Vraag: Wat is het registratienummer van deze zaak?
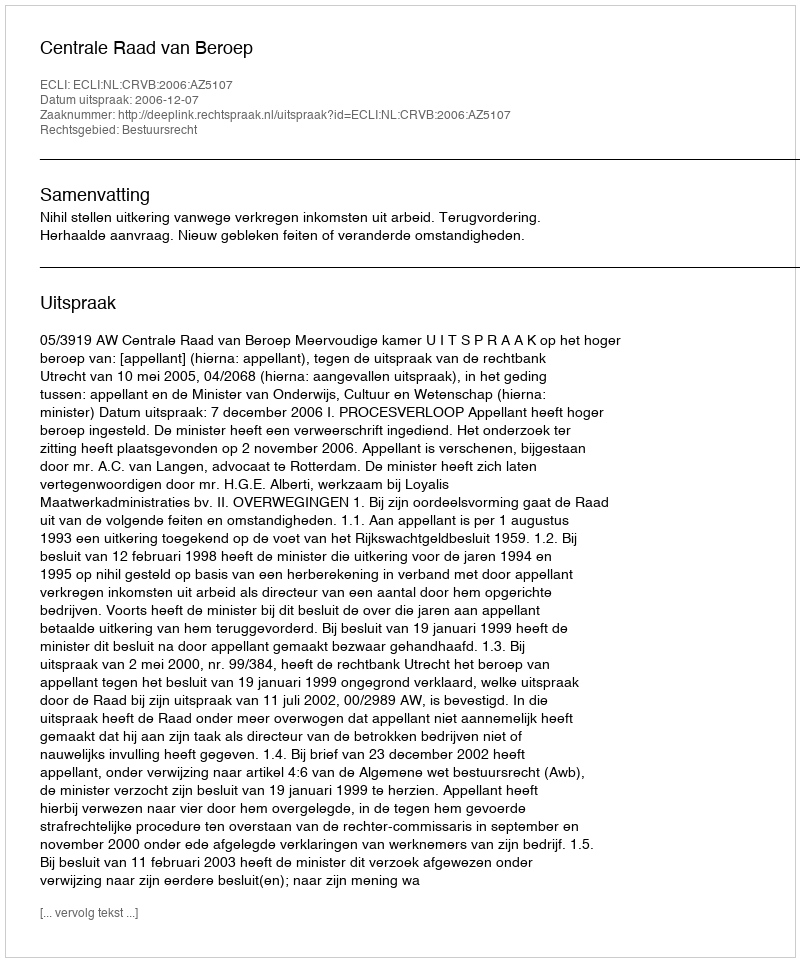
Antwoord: http://deeplink.rechtspraak.nl/uitspraak?id=ECLI:NL:CRVB:2006:AZ5107